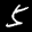
Label: 5